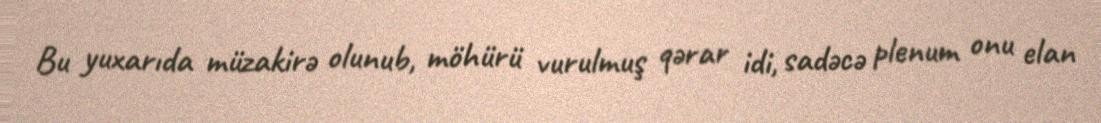
Bu yuxarıda müzakirə olunub, möhürü vurulmuş qərar idi, sadəcə plenum onu elan